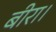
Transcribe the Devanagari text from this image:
बीरा।